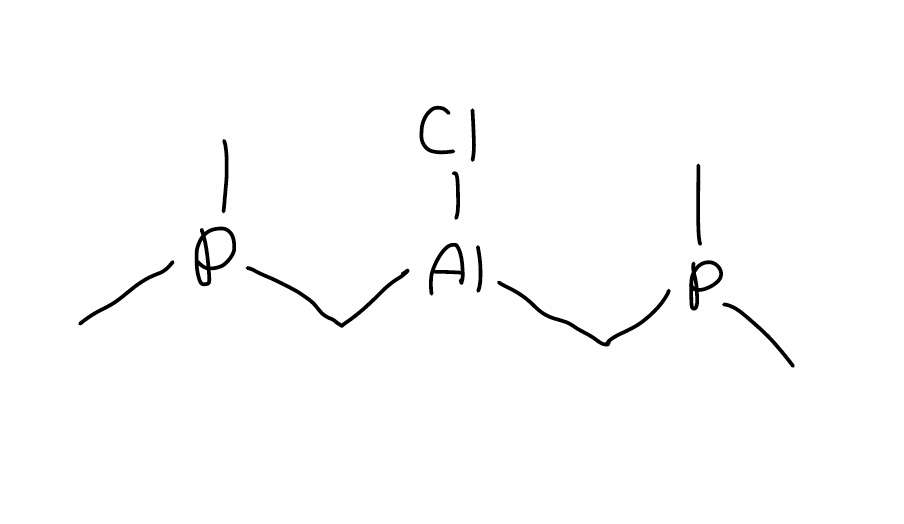
Simplified molecular-input line-entry system (SMILES) notation of the given molecule:
CP(C)C[Al](CP(C)C)Cl